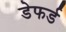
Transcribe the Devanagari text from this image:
डेफर्ड